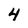
Character: 4